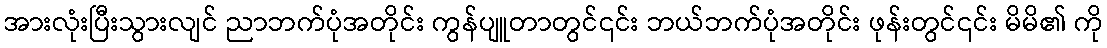
အားလုံးပြီးသွားလျင် ညာဘက်ပုံအတိုင်း ကွန်ပျူတာတွင်၎င်း ဘယ်ဘက်ပုံအတိုင်း ဖုန်းတွင်၎င်း မိမိ၏ ကို